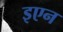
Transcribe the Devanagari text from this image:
इएन